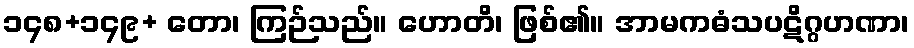
၁၄၈+၁၄၉+ တော၊ ကြဉ်သည်။ ဟောတိ၊ ဖြစ်၏။ အာမကဓံသပဋိဂ္ဂဟဏာ၊